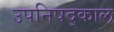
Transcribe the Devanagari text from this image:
उपनिषद्काल